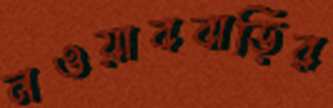
নওয়াববাড়ির